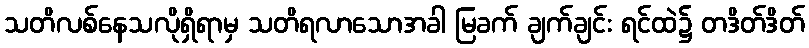
သတိလစ်နေသလိုရှိရာမှ သတိရလာသောအခါ မြခက် ချက်ချင်း ရင်ထဲ၌ တဒိတ်ဒိတ်